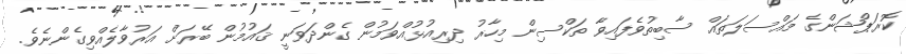
ކޮރަޕްޝަންގެ މައްސަލަތައް ސާބިތުވެފައިވާ ތަކްސިން މިހާރު ދިރިއުޅުއްވަމުން ގެންދަވަނީ ޤައުމުން ބޭރަށް އަރުވާލެއްވިގެންނެވެ.